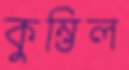
কুম্ভিল